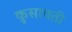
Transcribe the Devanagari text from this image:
कुसावती